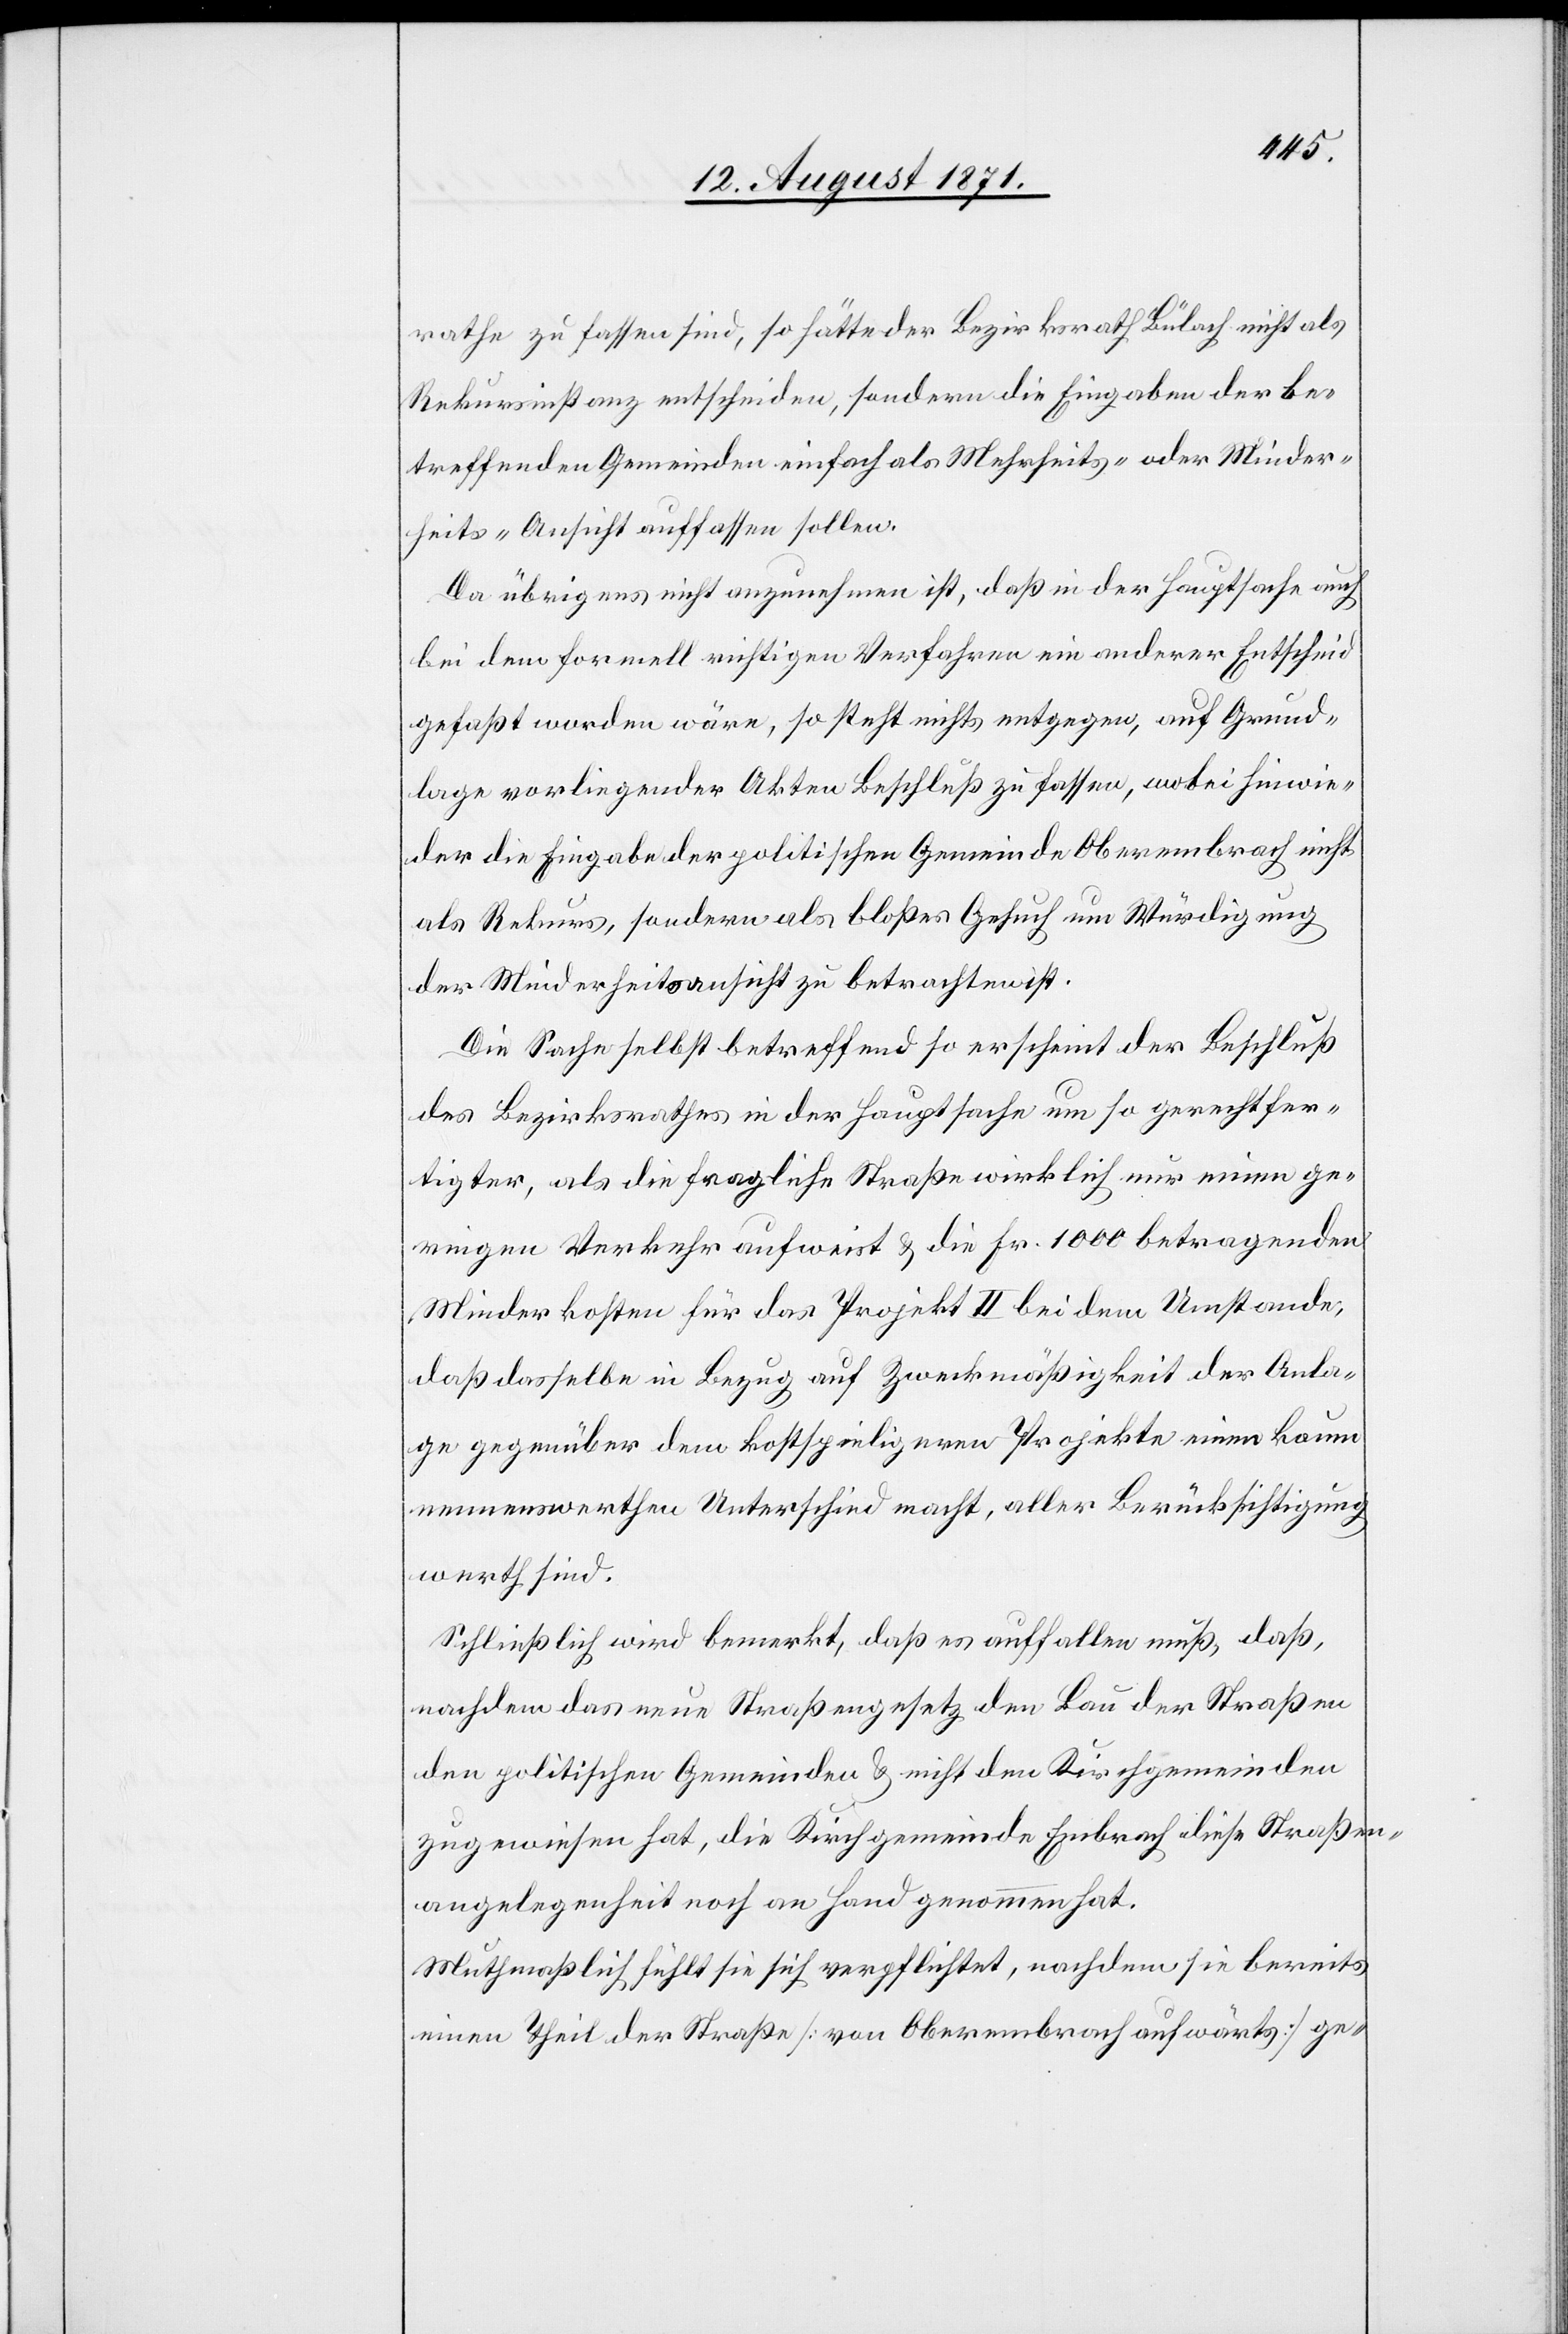
rathe zu fassen sind, so hätte der Bezirksrath Bülach nicht als
Rekursinstanz entscheiden, sondern die Eingabe der be¬
treffenden Gemeinden einfach als Mehrheits- oder Minder¬
heits-Ansicht auffassen sollen.
Da übrigens nicht anzunehmen ist, daß in der Hauptsache auch
bei dem formell richtigen Verfahren ein anderer Entscheid
gefaßt worden wäre, so steht nichts entgegen, auf Grund¬
lage vorliegender Akten Beschluß zu fassen, wobei hinwie¬
der die Eingabe der politischen Gemeinde Oberembrach nicht
als Rekurs, sondern als bloßes Gesuch um Würdigung
der Minderheitsansicht zu betrachten ist.
Die Sache selbst betreffend so erscheint der Beschluß
des Bezirksrathes in der Hauptsache um so gerechtfer¬
tigter, als die fragliche Straße wirklich nur einen ge¬
ringen Verkehr aufweist & die Fr. 1000 betragenden
Minderkosten für das Projekt II bei dem Umstande,
daß derselbe in Bezug auf Zweckmäßigkeit der Anla¬
ge gegenüber dem kostspieligeren Projekte einen kaum
nennenswerthen Unterschied macht, aller Berücksichtigung
werth sind.
Schließlich wird bemerkt, daß es auffallen muß, daß,
nachdem das neue Straßengesetz den Bau der Straße
den politischen Gemeinden & nicht den Kirchgemeinden
zugewiesen hat, die Kirchgemeinde Embrach diese Straßen¬
angelegenheit noch an Hand genommen hat.
Muthmaßlich fühlt sie sich verpflichtet, nachdem sie bereits
einen Theil der Straße [von Oberembrach aufwärts] ge-